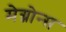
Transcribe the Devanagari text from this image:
मेग्नोन्स